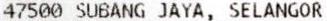
47500 SUBANG JAYA, SELANGOR